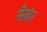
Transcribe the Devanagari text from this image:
सैवंर